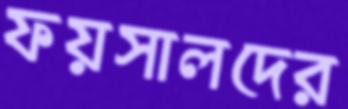
ফয়সালদের